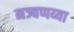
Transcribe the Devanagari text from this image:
नञ्चप्पय्या